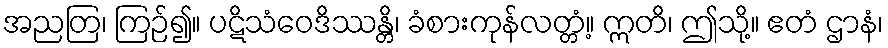
အညတြ၊ ကြဉ်၍။ ပဋိသံဝေဒိဿန္တိ၊ ခံစားကုန်လတ္တံ့။ ဣတိ၊ ဤသို့။ ဧတံ ဌာနံ၊